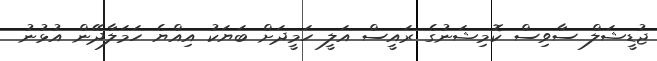
ޖުޑީޝަލް ސާވިސް ކޮމިޝަނުގެ ރައީސް އަލީ ހަމީދަށް ބަޔަކު އިއްޔެ ހަމަލާދޭން އުޅުނު